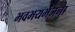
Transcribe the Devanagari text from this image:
भवभयभंजना